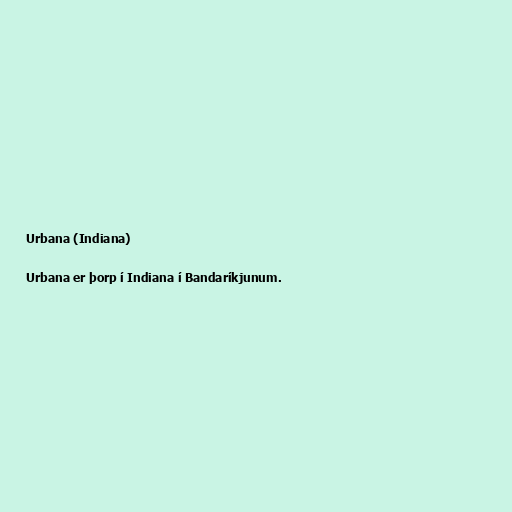
Urbana (Indiana)

Urbana er þorp í Indiana í Bandaríkjunum.